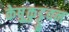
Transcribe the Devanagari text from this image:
केष़ुकुट्टुवन